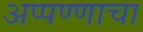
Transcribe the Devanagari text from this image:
अप्पण्णाचा